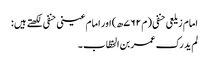
امام زیلعی حنفی ( م ۷۶۲ھ) اور امام عینی حنفی لکھتے ہیں :
لم ید رک عمر بن الخطّاب ۔